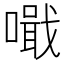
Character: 𠿠